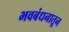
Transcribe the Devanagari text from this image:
भवबंधनातून